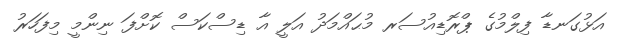
އަޅުގަނޑާ ފިލްމުގެ ޕްރޮޑިއުސަރ މުޙައްމަދު އަލީ އާ ޑިސްކަސް ކޮށްފަ ނިންމީ މިފަހަރު